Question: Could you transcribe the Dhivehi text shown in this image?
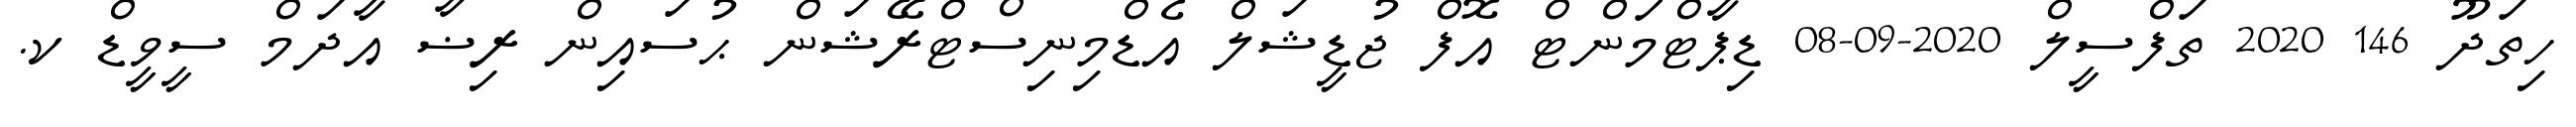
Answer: ހިތަދޫ 146 2020 ތަފްސީލް 2020-09-08 ޑިޕާޓްމަންޓް އޮފް ޖުޑީޝަލް އެޑްމިނިސްޓްރޭޝަން ޙުސައިން ރިޟާ އާދަމް ސީވީޑް ކ.